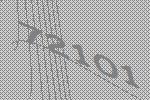
72101